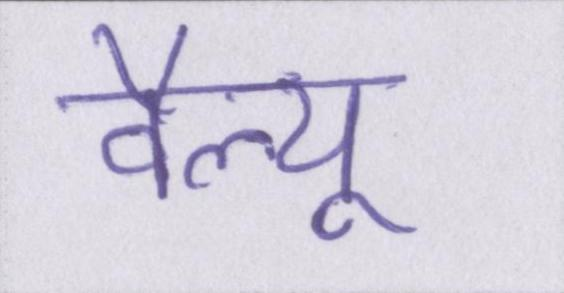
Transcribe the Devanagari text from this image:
वैल्यू